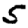
Digit: 5